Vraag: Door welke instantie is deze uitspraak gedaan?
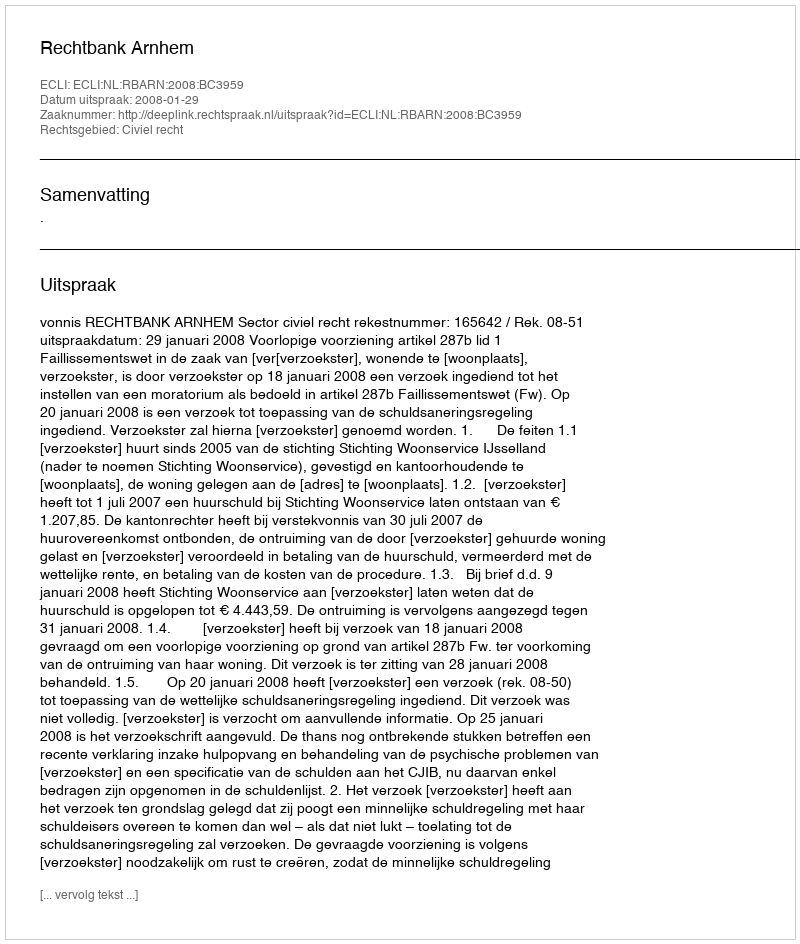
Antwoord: Rechtbank Arnhem